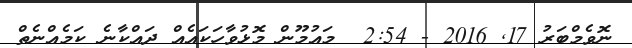
ނޮވެމްބަރު 17